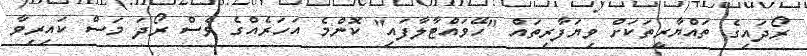
ރޯދައިގެ ތައްޔާރީތަކަށް ވިޔަފާރިތައް "ހޭވައްޓާލާފައި" ކޮންމެ އަހަރެއްގެ ވެސް ރޯދަ މަސް ކައިރިވާ